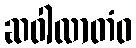
ဆဝါလာတံဝ